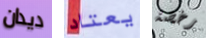
ديدان يعتاد رخصة